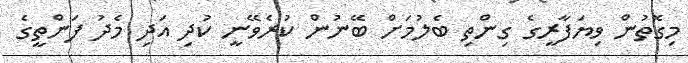
މިގޮތުން ވިޔަފާރީގެ ގިންތި ބެލުމަށް ބޭނުން ކުރެވޭނީ ކުދި އަދި މެދު ފަންތީގެ